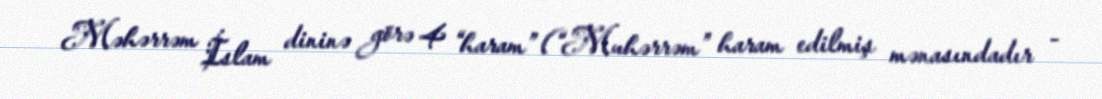
Məhərrəm İslam dininə görə 4 “haram” (“Muhərrəm” haram edilmiş mənasındadır -